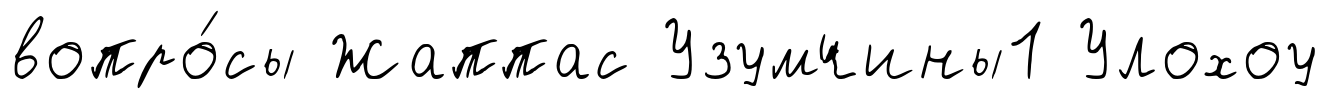
вопро́сы Жаппас Узумчины1 Улохоу